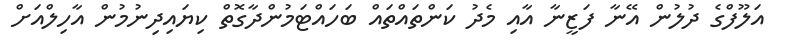
އަލޫފްގެ ދުލުން އޭނާ ފަޒީނާ އާއި މެދު ކަންތައްތައް ބަހައްޓަމުންދާގޮތް ކިޔައިދިނުމުން އާހިލްއަށް